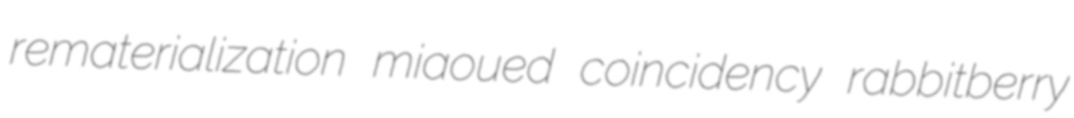
rematerialization miaoued coincidency rabbitberry